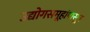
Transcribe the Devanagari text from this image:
उद्योगसमूहांपासून